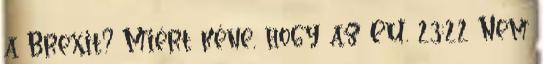
a Brexit? Miért kéne, hogy az EU. 23:22 Nem